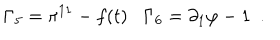
\Gamma _ { 5 } = \pi ^ { 1 1 } - f ( t ) \, \, \, \, \, \Gamma _ { 6 } = \partial _ { 1 } \varphi - 1 \, \, \, .